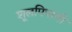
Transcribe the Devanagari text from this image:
शूलपिपाणी